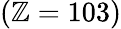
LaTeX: (\mathbb{Z}=103)